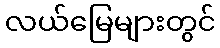
လယ်မြေများတွင်